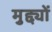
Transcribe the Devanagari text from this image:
मुद्द्यों